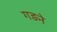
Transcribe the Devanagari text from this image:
गड़ने